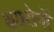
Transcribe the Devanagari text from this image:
क्षयरोगों